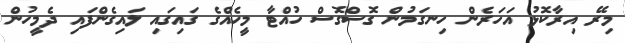
މިރޭ އިރާކޮޅު އަހަރެން ހިނގަމުން ގޮސްގޮސް ހުއްޓާ މީހެއްގެ ގައިގައި ލައިގެންފައި ދެމީހުން